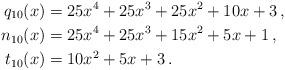
LaTeX: \begin{align*}q_{10}(x) &= 25x^4 + 25x^3 + 25x^2 + 10x + 3\,,\\n_{10}(x) &= 25x^4 + 25x^3 + 15x^2 + 5x + 1\,,\\t_{10}(x) &= 10x^2 + 5x + 3\,.\end{align*}